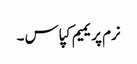
نرم پریمیم کپاس ۔